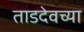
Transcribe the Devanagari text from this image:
ताडदेवच्या